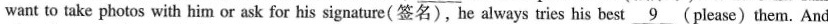
want to take photos with him or ask for his signature(签名),he always tries his best \underline{9}(please)them. And